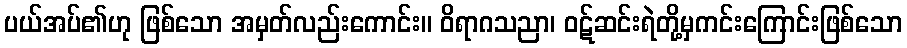
ပယ်အပ်၏ဟု ဖြစ်သော အမှတ်လည်းကောင်း။ ဝိရာဂသညာ၊ ဝဋ်ဆင်းရဲတို့မှကင်းကြောင်းဖြစ်သော